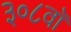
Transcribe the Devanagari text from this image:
३०८वॉ